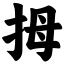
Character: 拇